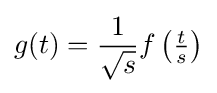
g(t)={\frac {1}{\sqrt {s}}}f\left({\tfrac {t}{s}}\right)